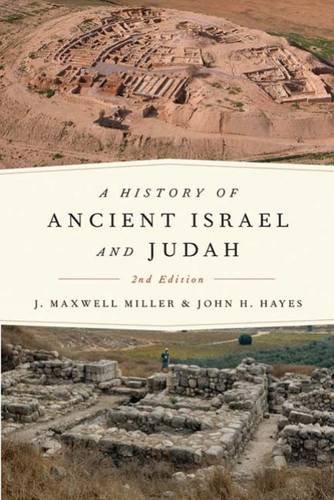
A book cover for A History of Ancient Israel and Judah, Second Edition; J. Maxwell Miller; Christian Books & Bibles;